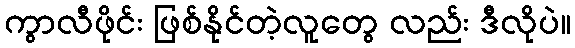
ကွာလီဖိုင်း ဖြစ်နိုင်တဲ့လူတွေ လည်း ဒီလိုပဲ။